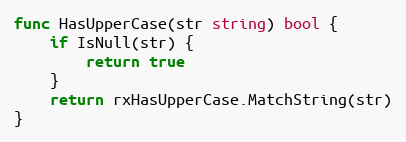
Language: Go
func HasUpperCase(str string) bool {
	if IsNull(str) {
		return true
	}
	return rxHasUpperCase.MatchString(str)
}